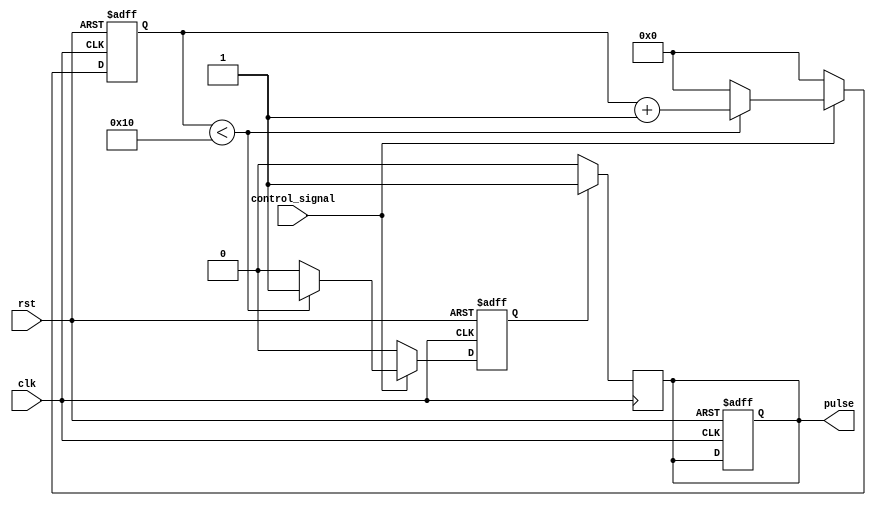
module VariablePulseWidthGenerator (
    input wire clk,
    input wire rst,
    input wire control_signal,
    output reg pulse
);

reg [31:0] counter;
reg pulse_generate;

always @ (posedge clk or posedge rst) begin
    if (rst == 1'b1) begin
        counter <= 0;
        pulse_generate <= 1'b0;
        pulse <= 1'b0;
    end else begin
        if (control_signal == 1'b1) begin
            counter <= counter + 1;
            if (counter < 16) begin
                pulse_generate <= 1'b1;
            end else begin
                pulse_generate <= 1'b0;
                counter <= 0;
            end
        end else begin
            pulse_generate <= 1'b0;
            counter <= 0;
        end
    end
end

always @ (posedge clk) begin
    if (pulse_generate == 1'b1) begin
        pulse <= 1'b1;
    end else begin
        pulse <= 1'b0;
    end
end

endmodule